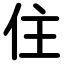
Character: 住